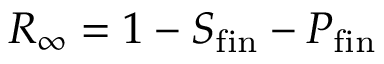
R _ { \infty } = 1 - S _ { \mathrm { f i n } } - P _ { \mathrm { f i n } }